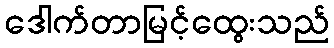
ဒေါက်တာမြင့်ထွေးသည်